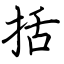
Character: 括